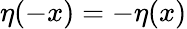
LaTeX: \eta(-x)=-\eta(x)